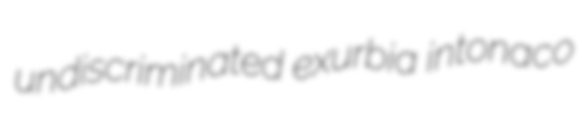
undiscriminated exurbia intonaco